Bréfritari: Arnbjörn Ólafsson
Viðtakandi: Einar Friðgeirsson
Dagsetning: A-1887-04-01
Skrifað á: Reykjavík  Gull.

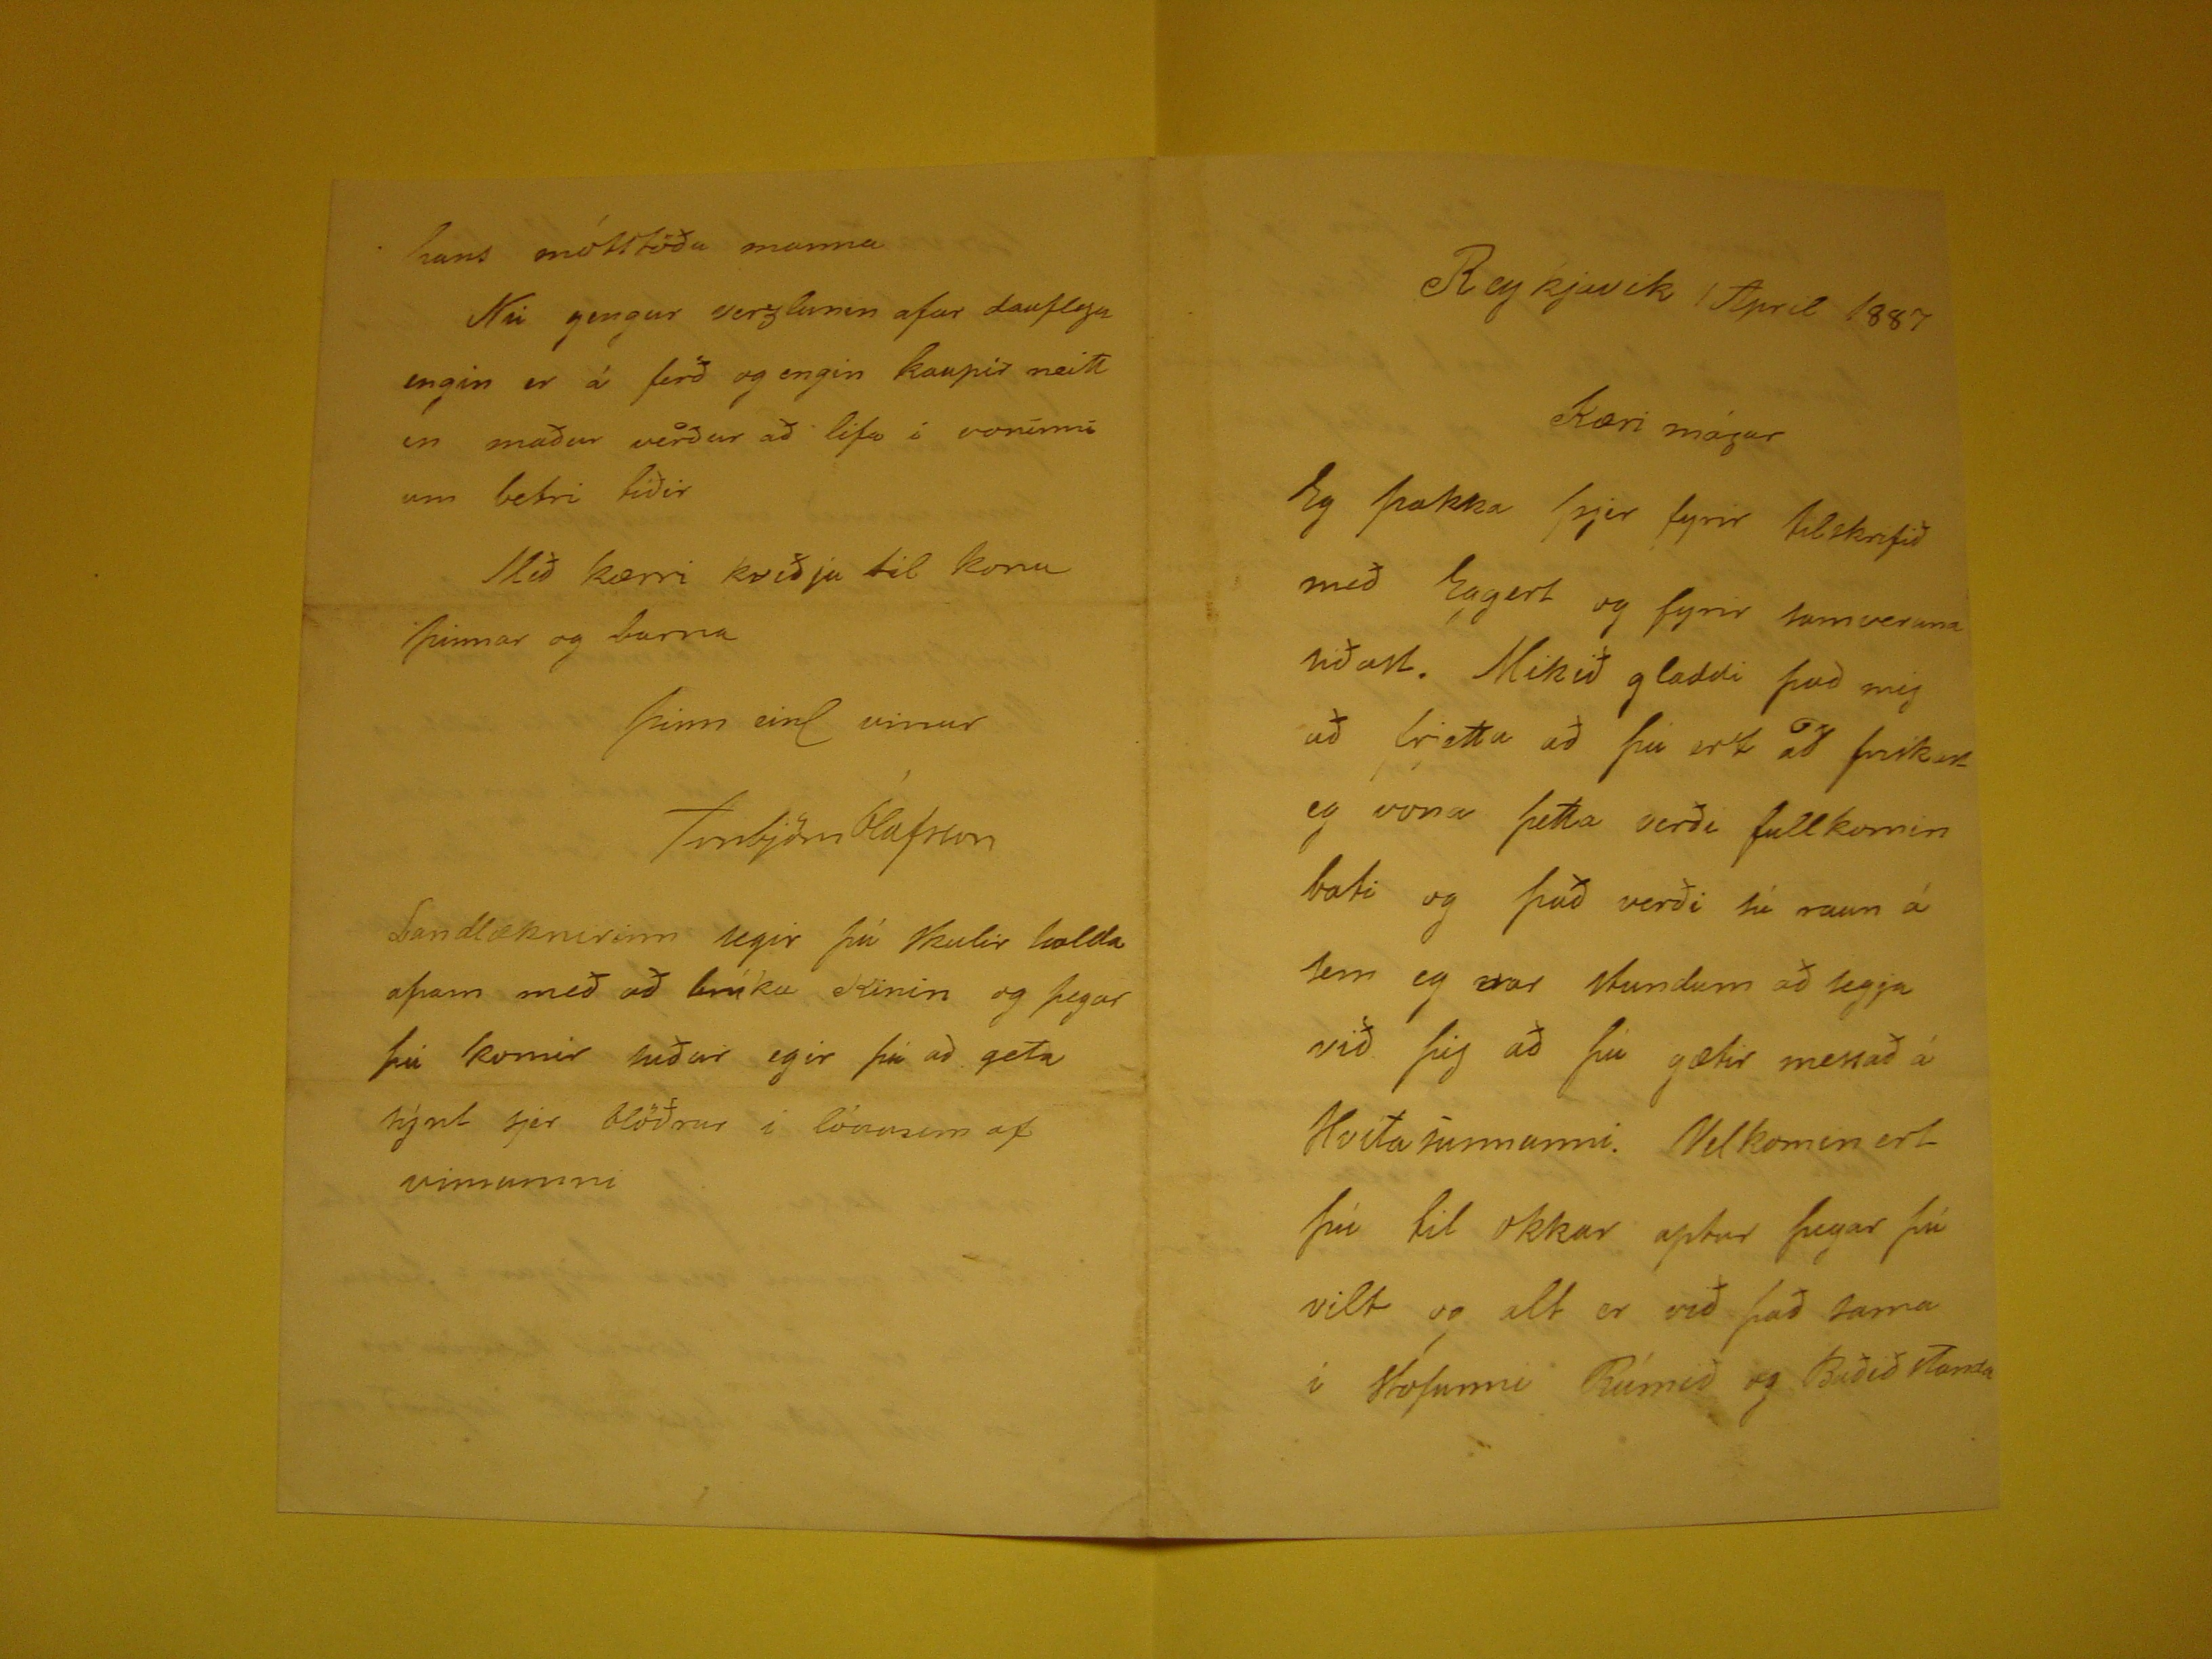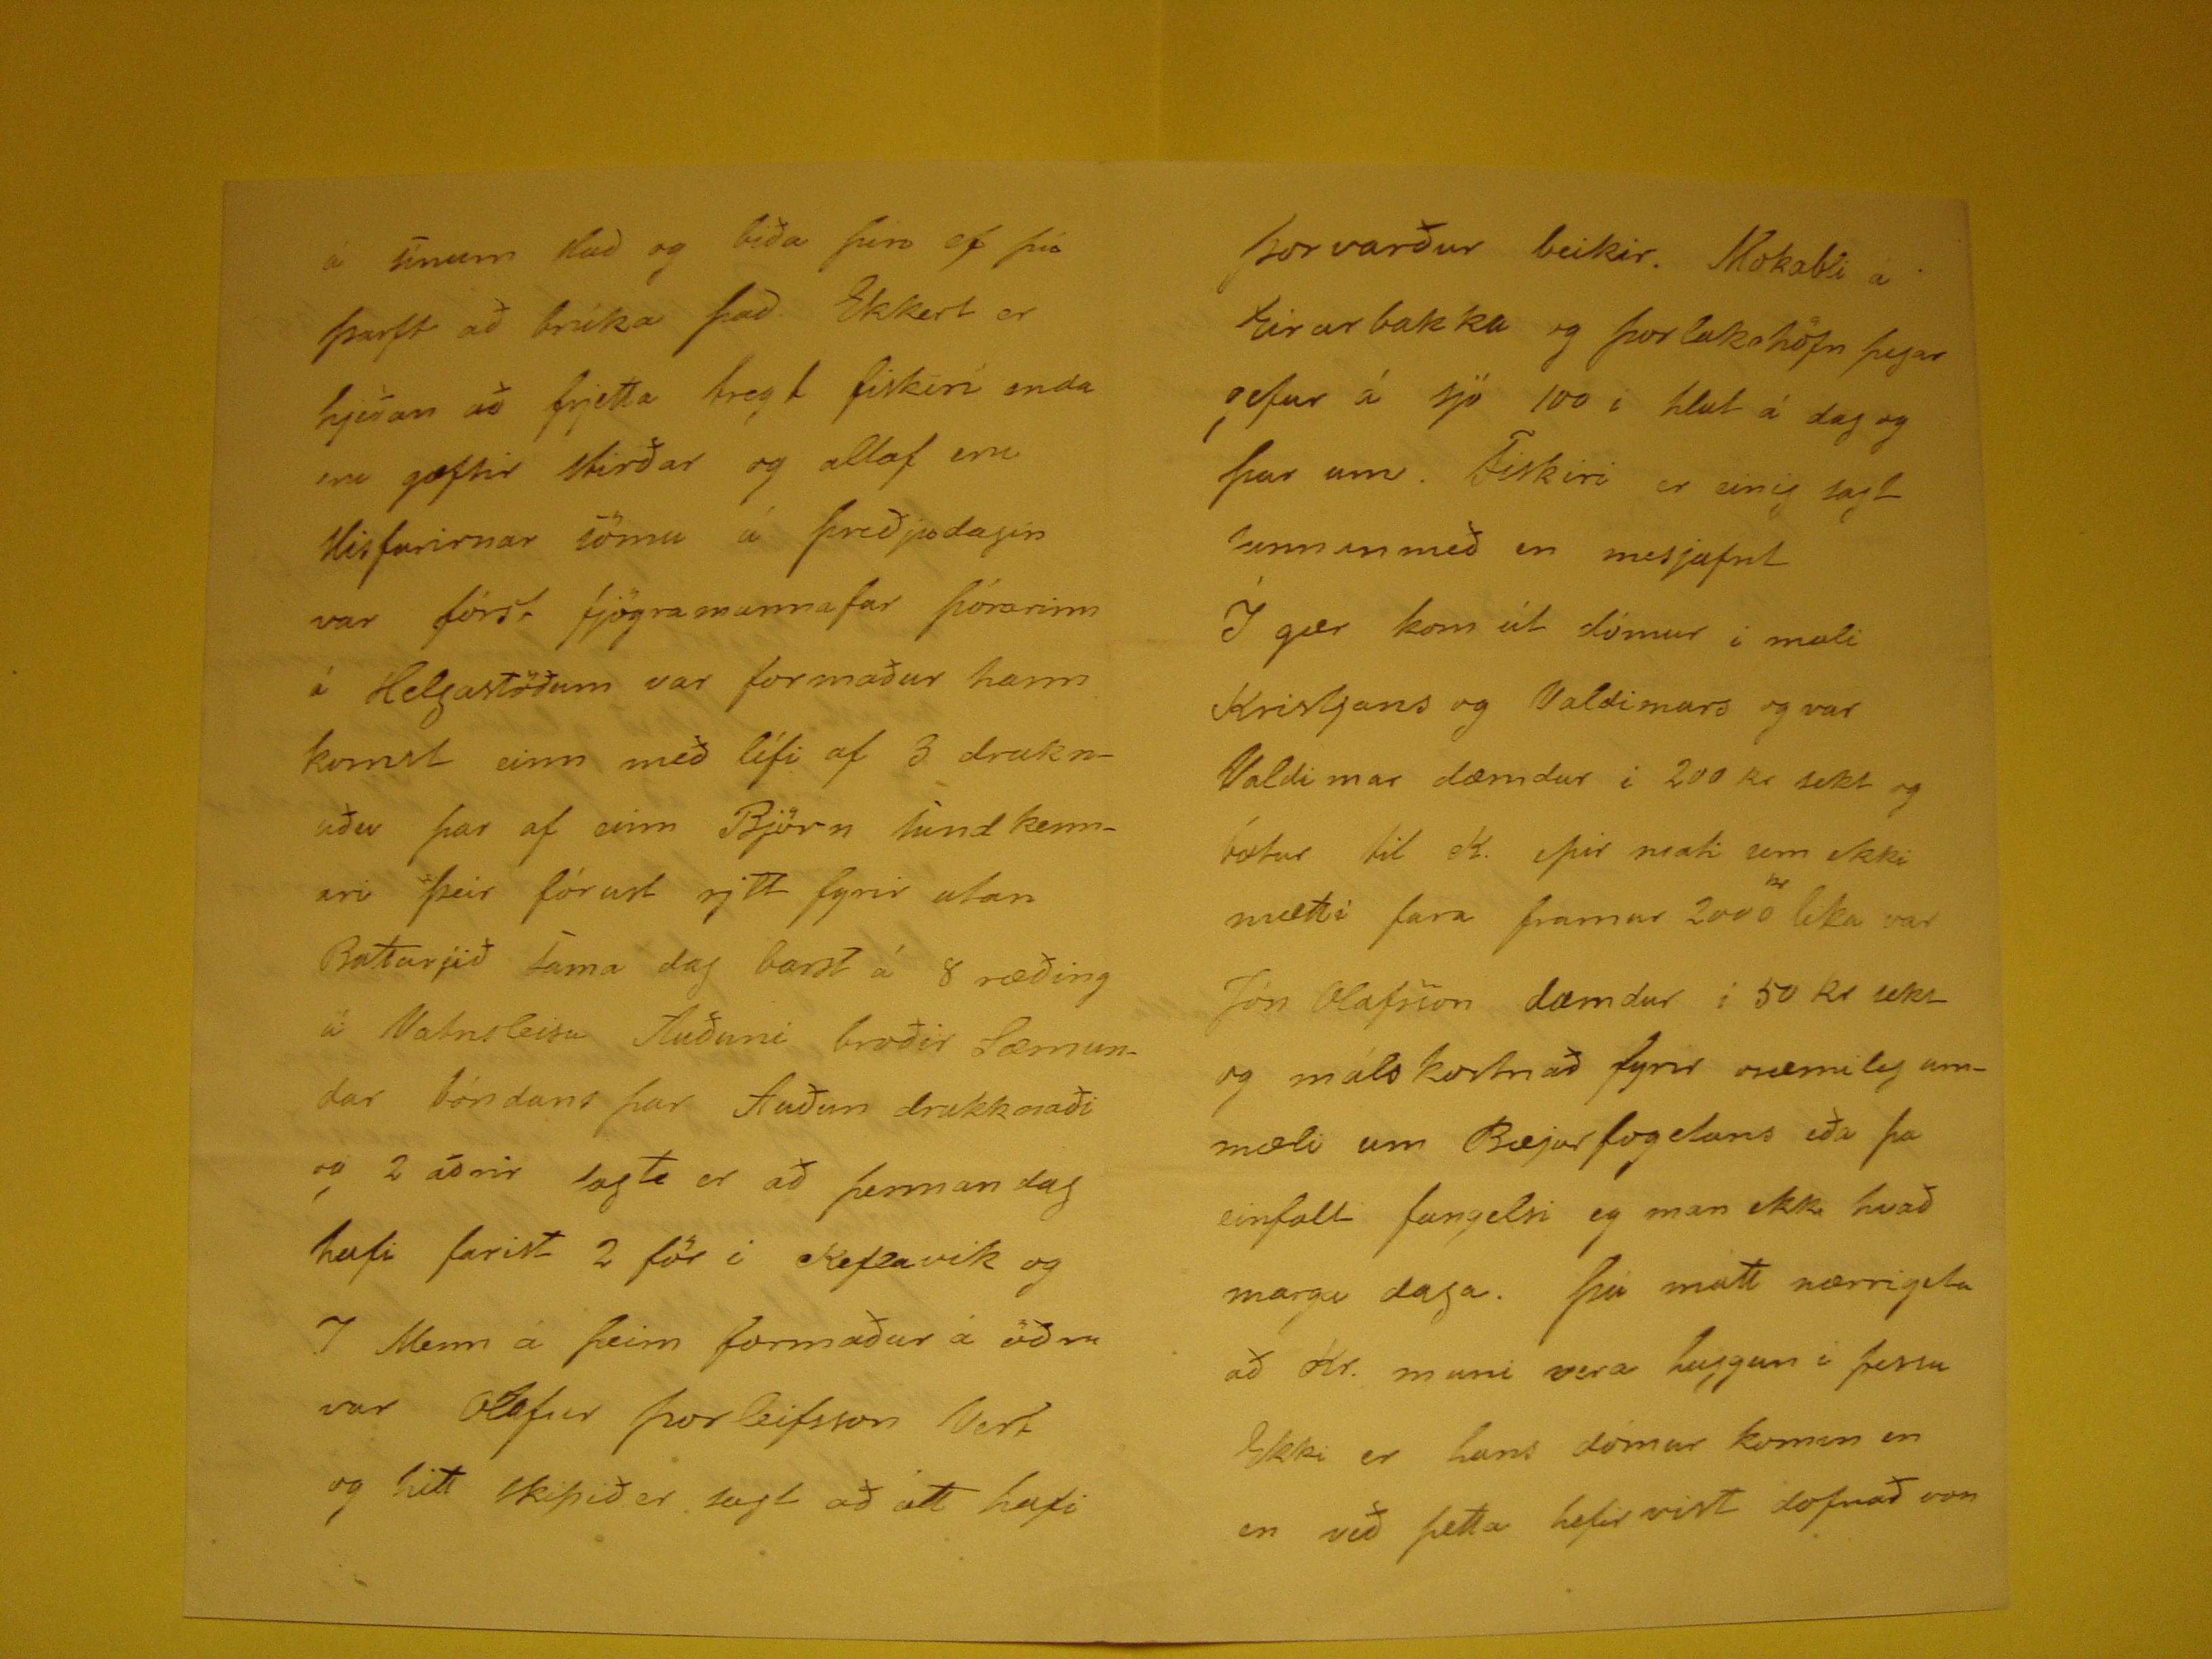

Reykjavik 1 April 1887
kæri mágur
Eg þakka þjer fyrir tilskrifið með Eggert og fyrir samveruna siðast. Mikið gladdi það mig að frjetta að þú ert að friskast eg vona þetta verði fullkomin bati og það
verði sú raun á sem eg var stundum að segja við þig að þú gætir messað á Hvítasunnunni. Velkomin ert þú til okkar aptur þegar þú vilt og alt er við það sama í
stofunni Rúmið og Baðið standa
á sínum stað og biða þin ef þú þarft að brúka það. Ekkert er hjeðan að frjetta tregt fiskin enda eru gæftir stirðar og altaf eru
Misfarirnar
sömu á þreðjudagin var fórst fjögramannafar Þórarinn á Helgastöðum var formaður hann komst einn með lífi af 3 druknuðu þar af einn Björn Sundkennari þeir
fórust rjett fyrir utan Batarjið sama dag barst á 8 ræðing á Vatnsleisu Auðuni broðir Sæmundar bóndans þar Auðun drukknaði og 2 aðrir sagte er að þennan dag hafi
farist 2 för i Keflavik og 7 Menn á þeim formaður á öðru var Olafur Þorleifsson Vert og hitt skipið er sagt að att hafi
Þorvarður beikir. Mokabli á Eirarbakka og Þorlakshöfn þegar gefur á sjó 100 i hlut á dag og þar um. Fiskiri er einig sagt
kinn in
með en
mesjafnt Í gær kom út dómur í mali Kristjans og Valdimars og var Valdimar dæmdur i 200 kr sekt og bætur itl K. þir mati sem ekki mæti fara framar 2000
kr
lika var Jón Olafsson dæmdur í 50 kr sekt og málskostnað fyrir sæmileg ummæli um Bæjarfogetans eða þa einfalt
fangelsi eg man ekki hvað marga daga. Þá mátt nærrigeta að Kr. muni vera huggun í þessu Ekki er hans dómur komin en en við þetta hefir vist dofnað von
hans mótstöðu manna Nú gengur verzlunin afar dauflega engin er á ferð og engin kaupir neitt in maður verður að lifa á voninni um betri tiðir
Með kærri kveðju til konu þinnar og barna
Þinn einl vinur
Arnbjörn Ólafsson
Landlæknirinn segir þú skulir halda afram með að brúka Kinin og þegar þú komir niður egir þú að geta sýnt sjer blöðrur í lónusem af vinnunni